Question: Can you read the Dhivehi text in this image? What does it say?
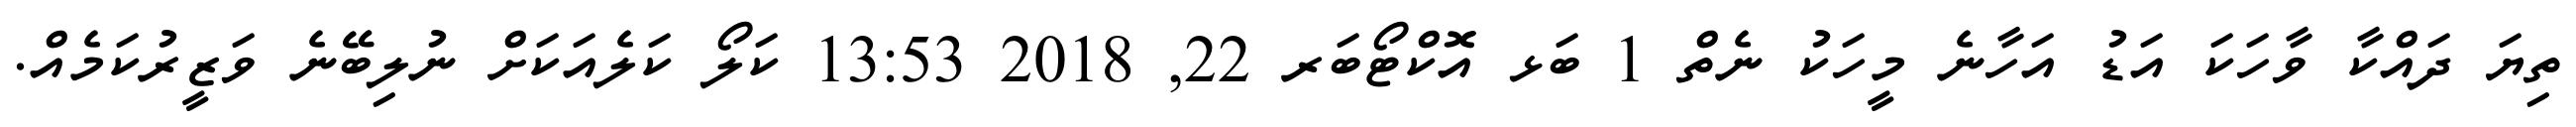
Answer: ތިޔަ ދައްކާ ވާހަކަ އަޑު އަހާނެ މީހަކު ނެތް 1 ބަޅ އޮކްޓޯބަރ 22, 2018 13:53 ކަލޯ ކަލެއަކަށް ނުލިބޭނެ ވަޒީރުކަމެއް.